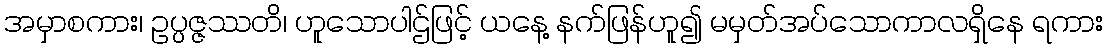
အမှာစကား၊ ဥပ္ပဇ္ဇဿတိ၊ ဟူသောပါဌ်ဖြင့် ယနေ့ နက်ဖြန်ဟူ၍ မမှတ်အပ်သောကာလရှိနေ ရကား